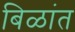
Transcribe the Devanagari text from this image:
बिळांत